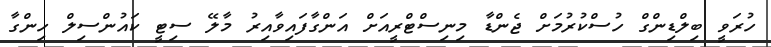
ހުރަވީ ބިލްޑިންގް ހުސްކުރުމަށް ޖެންޑާ މިނިސްޓްރީއަށް އަންގާފައިވާއިރު މާލޭ ސިޓީ ކައުންސިލް ހިންގާ